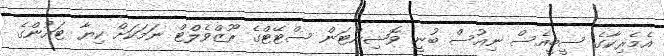
އެމެރިކާގެ ސީބީއެސް ނިއުސް ބުނީ ވޮޝިންޓަން ސްޓޭޓްގެ ރޫޒްވެލްޓް ނަމަކަށް ކިޔާ ޓައުންގެ